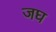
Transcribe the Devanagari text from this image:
जघ